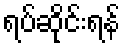
ရပ်ဆိုင်းရန်